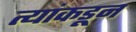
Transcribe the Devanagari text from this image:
त्यांकडून